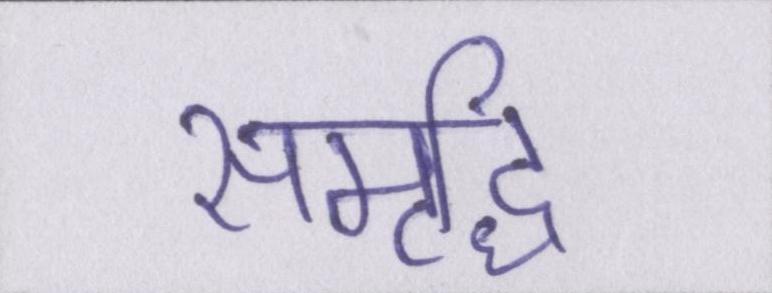
समृध्दि